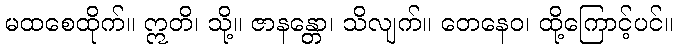
မထစေထိုက်။ ဣတိ၊ သို့။ ဇာနန္တော၊ သိလျက်။ တေနေဝ၊ ထို့ကြောင့်ပင်။